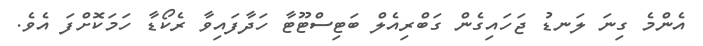
އެންމެ ގިނަ ލަނޑު ޖަހައިގެން ގަބްރިއެލް ބަޓިސްޓޫޓާ ހަދާފައިވާ ރެކޯޑާ ހަމަކޮށްފަ އެވެ.